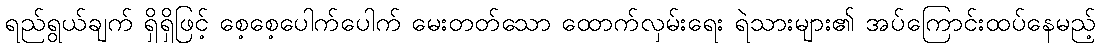
ရည်ရွယ်ချက် ရှိရှိဖြင့် စေ့စေ့ပေါက်ပေါက် မေးတတ်သော ထောက်လှမ်းရေး ရဲသားများ၏ အပ်ကြောင်းထပ်နေမည့်